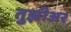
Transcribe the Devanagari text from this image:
तुझीअर